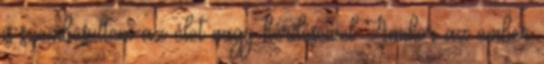
is szembesültem az élet nagy kérdéseivel Amikor az ember